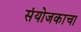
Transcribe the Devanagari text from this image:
संयोजकाचा